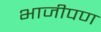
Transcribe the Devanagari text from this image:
भाजीपण